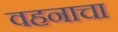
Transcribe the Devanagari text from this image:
वहनाचा